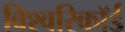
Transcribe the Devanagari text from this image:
विश्वरिकॉर्ड